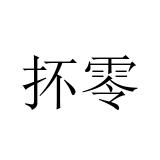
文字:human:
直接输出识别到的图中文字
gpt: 抔零